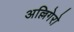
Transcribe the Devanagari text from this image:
अल्लिगेरो